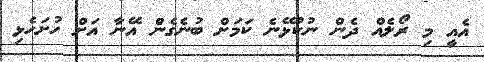
އެއީ މި ރޯލެއް ދެން ނުކުޅޭނެ ކަމަށް ބުނެގެން އޭނާ އަށް ހުށަހެޅި